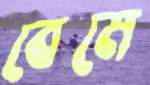
বেমে